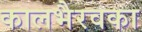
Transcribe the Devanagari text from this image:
कालभैरवका